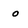
Character: o